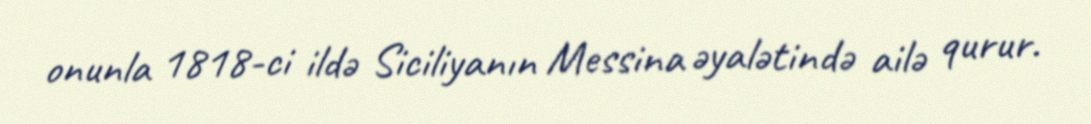
onunla 1818-ci ildə Siciliyanın Messina əyalətində ailə qurur.